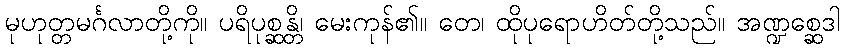
မုဟုတ္တမင်္ဂလာတို့ကို။ ပရိပုစ္ဆန္တိ၊ မေးကုန်၏။ တေ၊ ထိုပုရောဟိတ်တို့သည်။ အဏ္ဍစ္ဆေဒါ